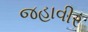
જહાવીર